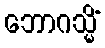
ဘောဂသ္မိံ